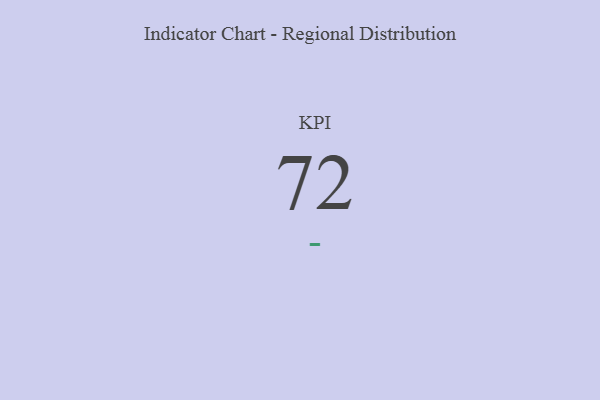
{"axis": {"x": "KPI", "y": "Value"}, "legend": [""], "data": [{"x": "KPI", "y": 72, "type": ""}]}